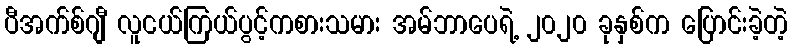
ပီအက်စ်ဂျီ လူငယ်ကြယ်ပွင့်ကစားသမား အမ်ဘာပေရဲ့ ၂၀၂၀ ခုနှစ်က ပြောင်းခဲ့တဲ့